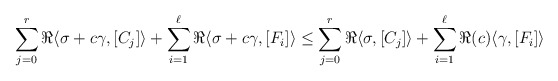
\begin{align*}\sum_{j=0}^r \Re \langle \sigma+c\gamma,[C_j] \rangle+\sum_{i=1}^{\ell} \Re\langle\sigma+c\gamma,[F_i] \rangle\leq \sum_{j=0}^r\Re \langle \sigma,[C_j] \rangle+ \sum_{i=1}^{\ell} \Re(c)\langle \gamma,[F_i]\rangle\end{align*}